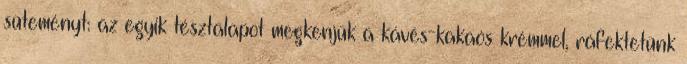
süteményt: az egyik tésztalapot megkenjük a kávés-kakaós krémmel, ráfektetünk